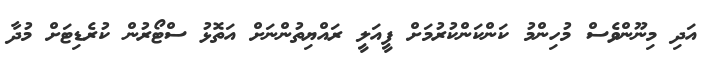
އަދި މިނޫންވެސް މުހިންމު ކަންކަންކުރުމަށް ފީއަލީ ރައްޔިތުންނަށް އަތޮޅު ސްޓޯރުން ކުރެޑިޓަށް މުދާ